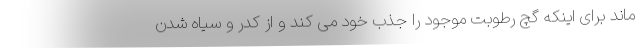
ماند برای اینکه گچ رطوبت موجود را جذب خود می کند و از کدر و سیاه شدن